Vaccination in Bombay 1856-1862 - 1856-1862
Year: 1856
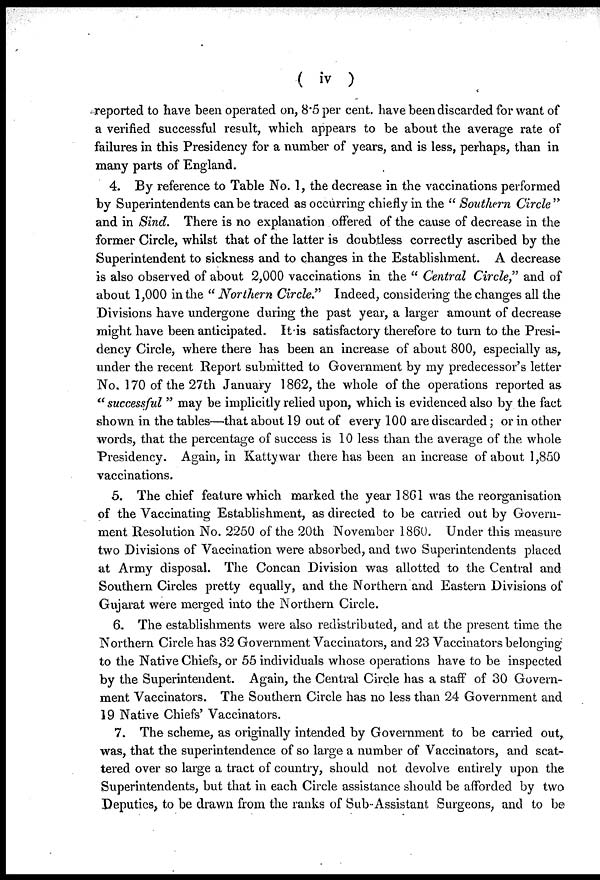
( iv )
reported to have been operated on, 8.5 per cent. have been discarded for want of
a verified successful result, which appears to be about the average rate of
failures in this Presidency for a number of years, and is less, perhaps, than in
many parts of England.
4. By reference to Table No. 1, the decrease in the vaccinations performed
by Superintendents can be traced as occurring chiefly in the " Southern Circle "
and in Sind. There is no explanation offered of the cause of decrease in the
former Circle, whilst that of the latter is doubtless correctly ascribed by the
Superintendent to sickness and to changes in the Establishment. A decrease
is also observed of about 2,000 vaccinations in the " Central Circle," and of
about 1,000 in the " Northern Circle." Indeed, considering the changes all the
Divisions have undergone during the past year, a larger amount of decrease
might have been anticipated. It-is satisfactory therefore to turn to the Presi-
dency Circle, where there has been an increase of about 800, especially as,
under the recent Report submitted to Government by my predecessor's letter
No. 170 of the 27th January 1862, the whole of the operations reported as
" successful " may be implicitly relied upon, which is evidenced also by the fact
shown in the tables—that about 19 out of every 100 are discarded; or in other
words, that the percentage of success is 10 less than the average of the whole
Presidency. Again, in Kattywar there has been an increase of about 1,850
vaccinations.
5. The chief feature which marked the year 1861 was the reorganisation
of the Vaccinating Establishment, as directed to be carried out by Govern-
ment Resolution No. 2250 of the 20th November 1860. Under this measure
two Divisions of Vaccination were absorbed, and two Superintendents placed
at Army disposal. The Concan Division was allotted to the Central and
Southern Circles pretty equally, and the Northern and Eastern Divisions of
Gujarat were merged into the Northern Circle.
6. The establishments were also redistributed, and at the present time the
Northern Circle has 32 Government Vaccinators, and 23 Vaccinators belonging
to the Native Chiefs, or 55 individuals whose operations have to be inspected
by the Superintendent. Again, the Central Circle has a staff of 30 Govern-
ment Vaccinators. The Southern Circle has no less than 24 Government and
19 Native Chiefs' Vaccinators.
7. The scheme, as originally intended by Government to be carried out,
was, that the superintendence of so large a number of Vaccinators, and scat-
tered over so large a tract of country, should not devolve entirely upon the
Superintendents, but that in each Circle assistance should be afforded by two
Deputies, to be drawn from the ranks of Sub-Assistant Surgeons, and to be